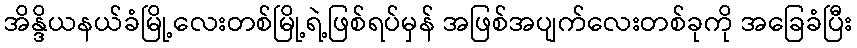
အိန္ဒိယနယ်ခံမြို့လေးတစ်မြို့ရဲ့ဖြစ်ရပ်မှန် အဖြစ်အပျက်လေးတစ်ခုကို အခြေခံပြီး